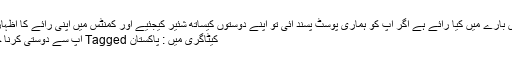
آپ کی اس بارے میں کیا رائے ہے اگر آپ کو ہماری پوسٹ پسند آئی تو اپنے دوستوں کیساتھ شئیر کیجئیے اور کمنٹس میں اپنی رائے کا اظہار کیجئیے
کیٹاگری میں : پاکستان Tagged آپ سے دوستی کرنا چاہتی ہوں